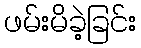
ဖမ်းမိခဲ့ခြင်း